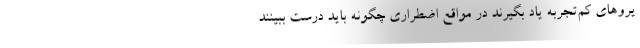
یروهای کم‌تجربه یاد بگیرند در مواقع اضطراری چگونه باید درست ببینند